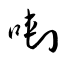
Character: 喇